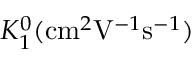
K _ { 1 } ^ { 0 } ( \mathrm { c m } ^ { 2 } \mathrm { V } ^ { - 1 } \mathrm { s } ^ { - 1 } )